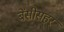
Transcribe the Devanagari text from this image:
बेंसीसहर